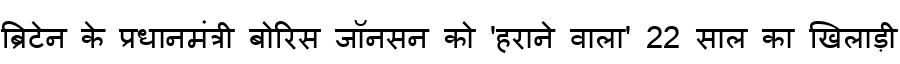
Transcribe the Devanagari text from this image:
ब्रिटेन के प्रधानमंत्री बोरिस जॉनसन को 'हराने वाला' 22 साल का खिलाड़ी